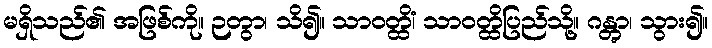
မရှိသည်၏ အဖြစ်ကို။ ဉတွာ၊ သိ၍။ သာဝတ္ထိံ၊ သာဝတ္ထိပြည်သို့။ ဂန္တွာ၊ သွား၍။